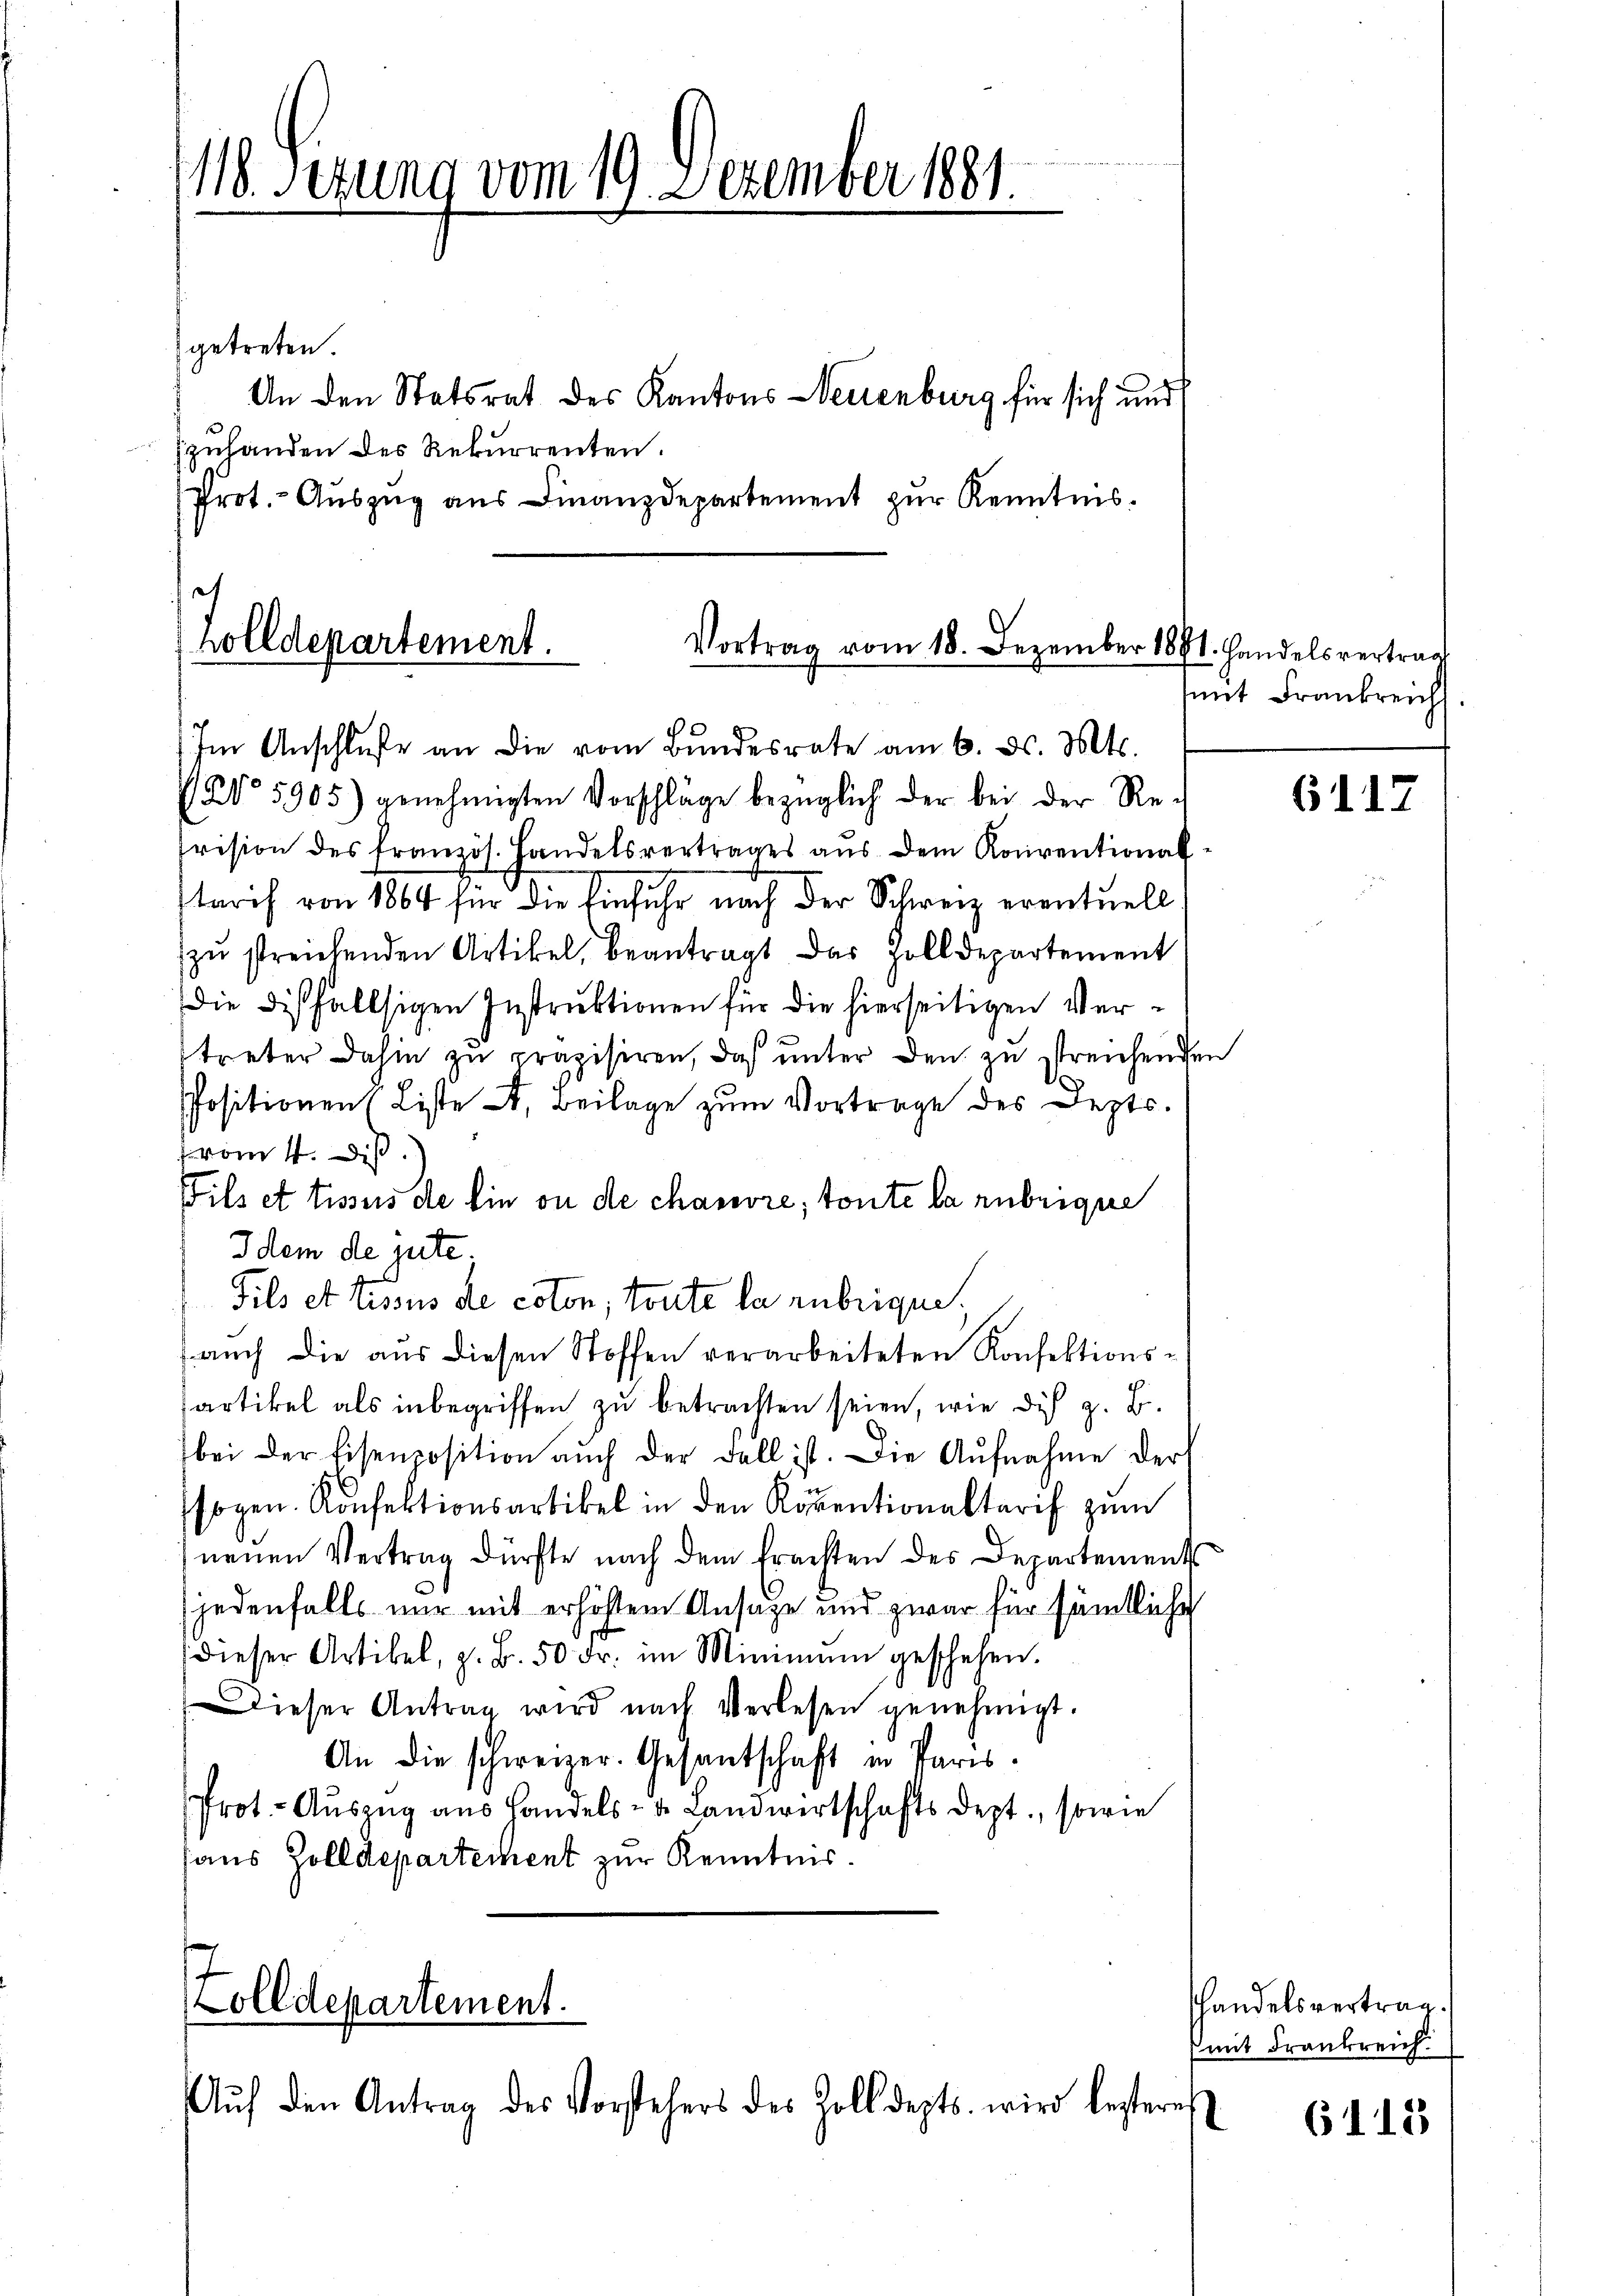
(118. Setzung vom 19. Dezember 1881.

getreten.
An den Statsrat des Kantons Neuenburg für sich und
Zzuhanden des Rekurrenten.
Prot. - Auszug aus Finanzdepartement zur Kenntnis.

sch
holldepartement.
Vortrag vom 18. Dezember 1891. Handelsvertrag

Im Anschluße an die vom Bundesrate am 6. ds. Mts.
No 5905) genehmigten Vorschläge bezüglich der bei der Refrision des französ. Handelsvertrages aus dem Konventional-
tarif von 1864 für die Einfuhr nach der Schweiz eventuell
zŭ streichenden Artikel, beantragt das Zolldepartement
die dißfallsigen Instruktionen für die hierseitigen Vertreter dahin zŭ präzisiren, daβ ŭnter den zu streichenden
Positionen (Liste A. Beilage zum Vortrage des Jezts.
vom 4. Dis
Fils et tisses de Ein ou de chanore, toute la rubrique
ddem de gute
Fils et tissus de coton, toute la rubrigen,
auch die aus diesen Stoffen verarbeiteten Konfektionsartikel als inbegriffen zu betrachten seien, wie dich z. B.
bei der Eisenposition auch der Fall ist. Die Aŭfnahme der
1
sogen. Konfektionsartikel in den Röventionaltarif zum
neŭen Vertrag dürfte nach dem trachten des Departements
jedenfalls nur mit erhöhtem Ansage und zwar für sämtliche
dieser Artikel, z. B. 50 Fr. im Minimum geschehen.
Dieser Antrag wird nach Verlesen genehmigt.
An die schweizer. Gesantschaft in Paris.
Prot. Auszug aus Handels- u. Landwirtschaftsdept, sowie
haus Zolldepartement zur Kenntnis.

Zolldepartement.
Aŭf den Antrag des Vorstehers des Zolldepts. wird besteres

mit Frankreich

6117

handelsvertrag.
mit Frankreich

6112